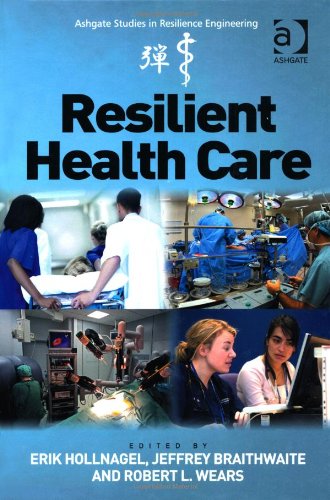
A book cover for Resilient Health Care (Ashgate Studies in Resilience Engineering); Erik Hollnagel; Medical Books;